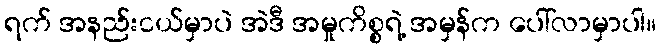
ရက် အနည်းငယ်မှာပဲ အဲဒီ အမှုကိစ္စရဲ့ အမှန်က ပေါ်လာမှာပါ။